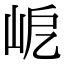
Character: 𡶃